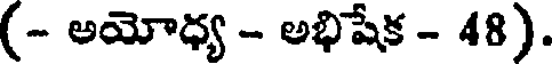
(- అయోధ్య - అభిషేక - 48).